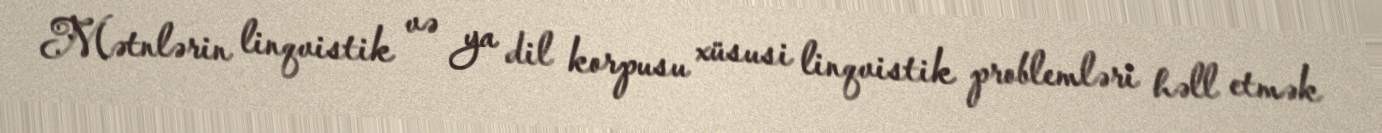
Mətnlərin linqvistik və ya dil korpusu xüsusi linqvistik problemləri həll etmək